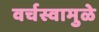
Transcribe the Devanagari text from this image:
वर्चस्वामुळे